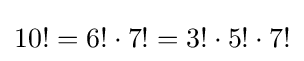
10!=6!\cdot 7!=3!\cdot 5!\cdot 7!